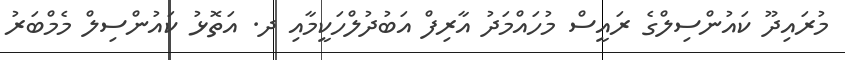
މުރައިދޫ ކައުންސިލްގެ ރައީސް މުހައްމަދު އާރިފް އަބުދުލްހަކީމާއި ދ. އަތޮޅު ކައުންސިލް މެމްބަރު